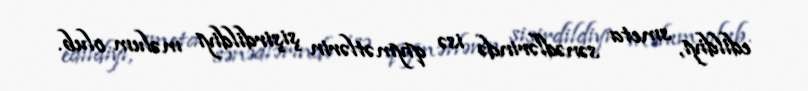
edildiyi, smeta sənədlərində isə qiymətlərin şişirdildiyi məlum olub.